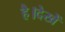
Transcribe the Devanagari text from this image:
है।देखें